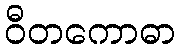
ဝီတကောဓာ